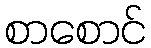
စာစောင်